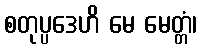
စတုပ္ပဒေဟိ မေ မေတ္တံ၊